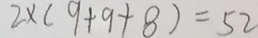
2 \times ( 9 + 9 + 8 ) = 5 2